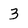
Character: 3